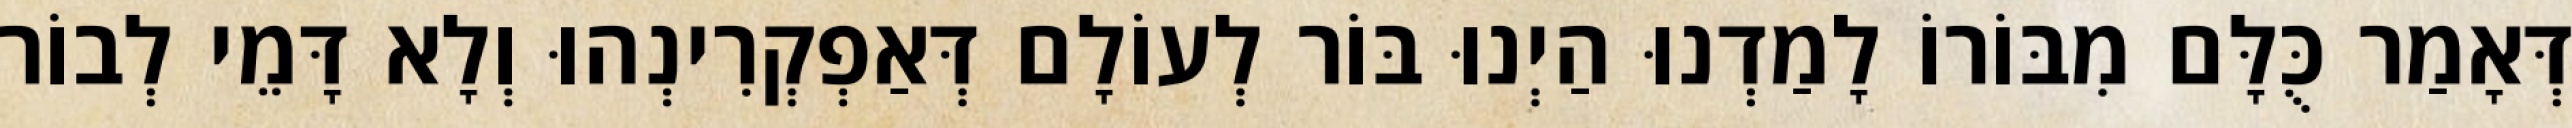
דְּאָמַר כֻּלָּם מִבּוֹרוֹ לָמַדְנוּ הַיְנוּ בּוֹר לְעוֹלָם דְּאַפְקְרִינְהוּ וְלָא דָּמֵי לְבוֹר